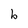
Character: b